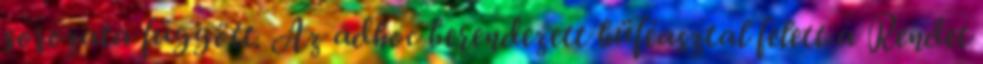
sorozata függött. Az adhoc berendezett büféasztal felett a Rendet